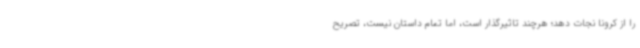
را از کرونا نجات دهد؛ هرچند تاثیرگذار است، اما تمام داستان نیست، تصریح